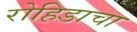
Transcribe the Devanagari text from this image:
रोहिडाचा